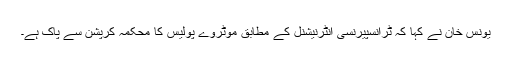
یونس خان نے کہا کہ ٹرانسپیرنسی انٹرنیشنل کے مطابق موٹروے پولیس کا محکمہ کرپشن سے پاک ہے۔